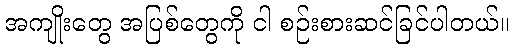
အကျိုးတွေ အပြစ်တွေကို ငါ စဉ်းစားဆင်ခြင်ပါတယ်။